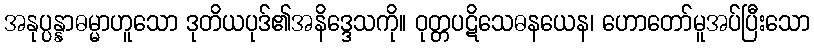
အနုပ္ပန္နာဓမ္မာဟူသော ဒုတိယပုဒ်၏အနိဒ္ဒေသကို။ ဝုတ္တပဋိသေဓနယေန၊ ဟောတော်မူအပ်ပြီးသော